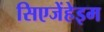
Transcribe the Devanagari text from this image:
सिएजेंहेइम